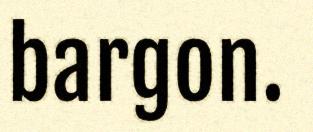
bargon.